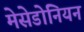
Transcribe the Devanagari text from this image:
मेसेडोनियन